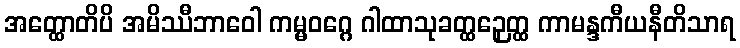
အတ္ထောတိပိ အမိဿီဘာဝေါ ကမ္မဝဂ္ဂေ ဂါထာသုခတ္ထဉှေတ္ထ ကာမန္ဒကီယနီတိသာရ